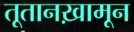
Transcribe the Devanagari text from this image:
तूतानख़ामून